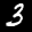
Label: 3